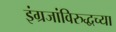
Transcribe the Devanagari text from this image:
इंग्रजांविरुद्धच्या